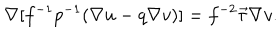
\nabla [ f ^ { - 1 } p ^ { - 1 } ( \nabla u - q \nabla v ) ] = f ^ { - 2 } \vec { \tau } \nabla v .